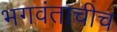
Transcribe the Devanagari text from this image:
भगवंताचीच